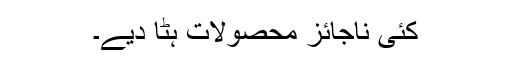
کئی ناجائز محصولات ہٹا دیے۔